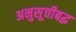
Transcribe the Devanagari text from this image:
अनुसूचीबद्ध